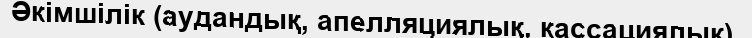
Әкімшілік (аудандық, апелляциялық, кассациялық).